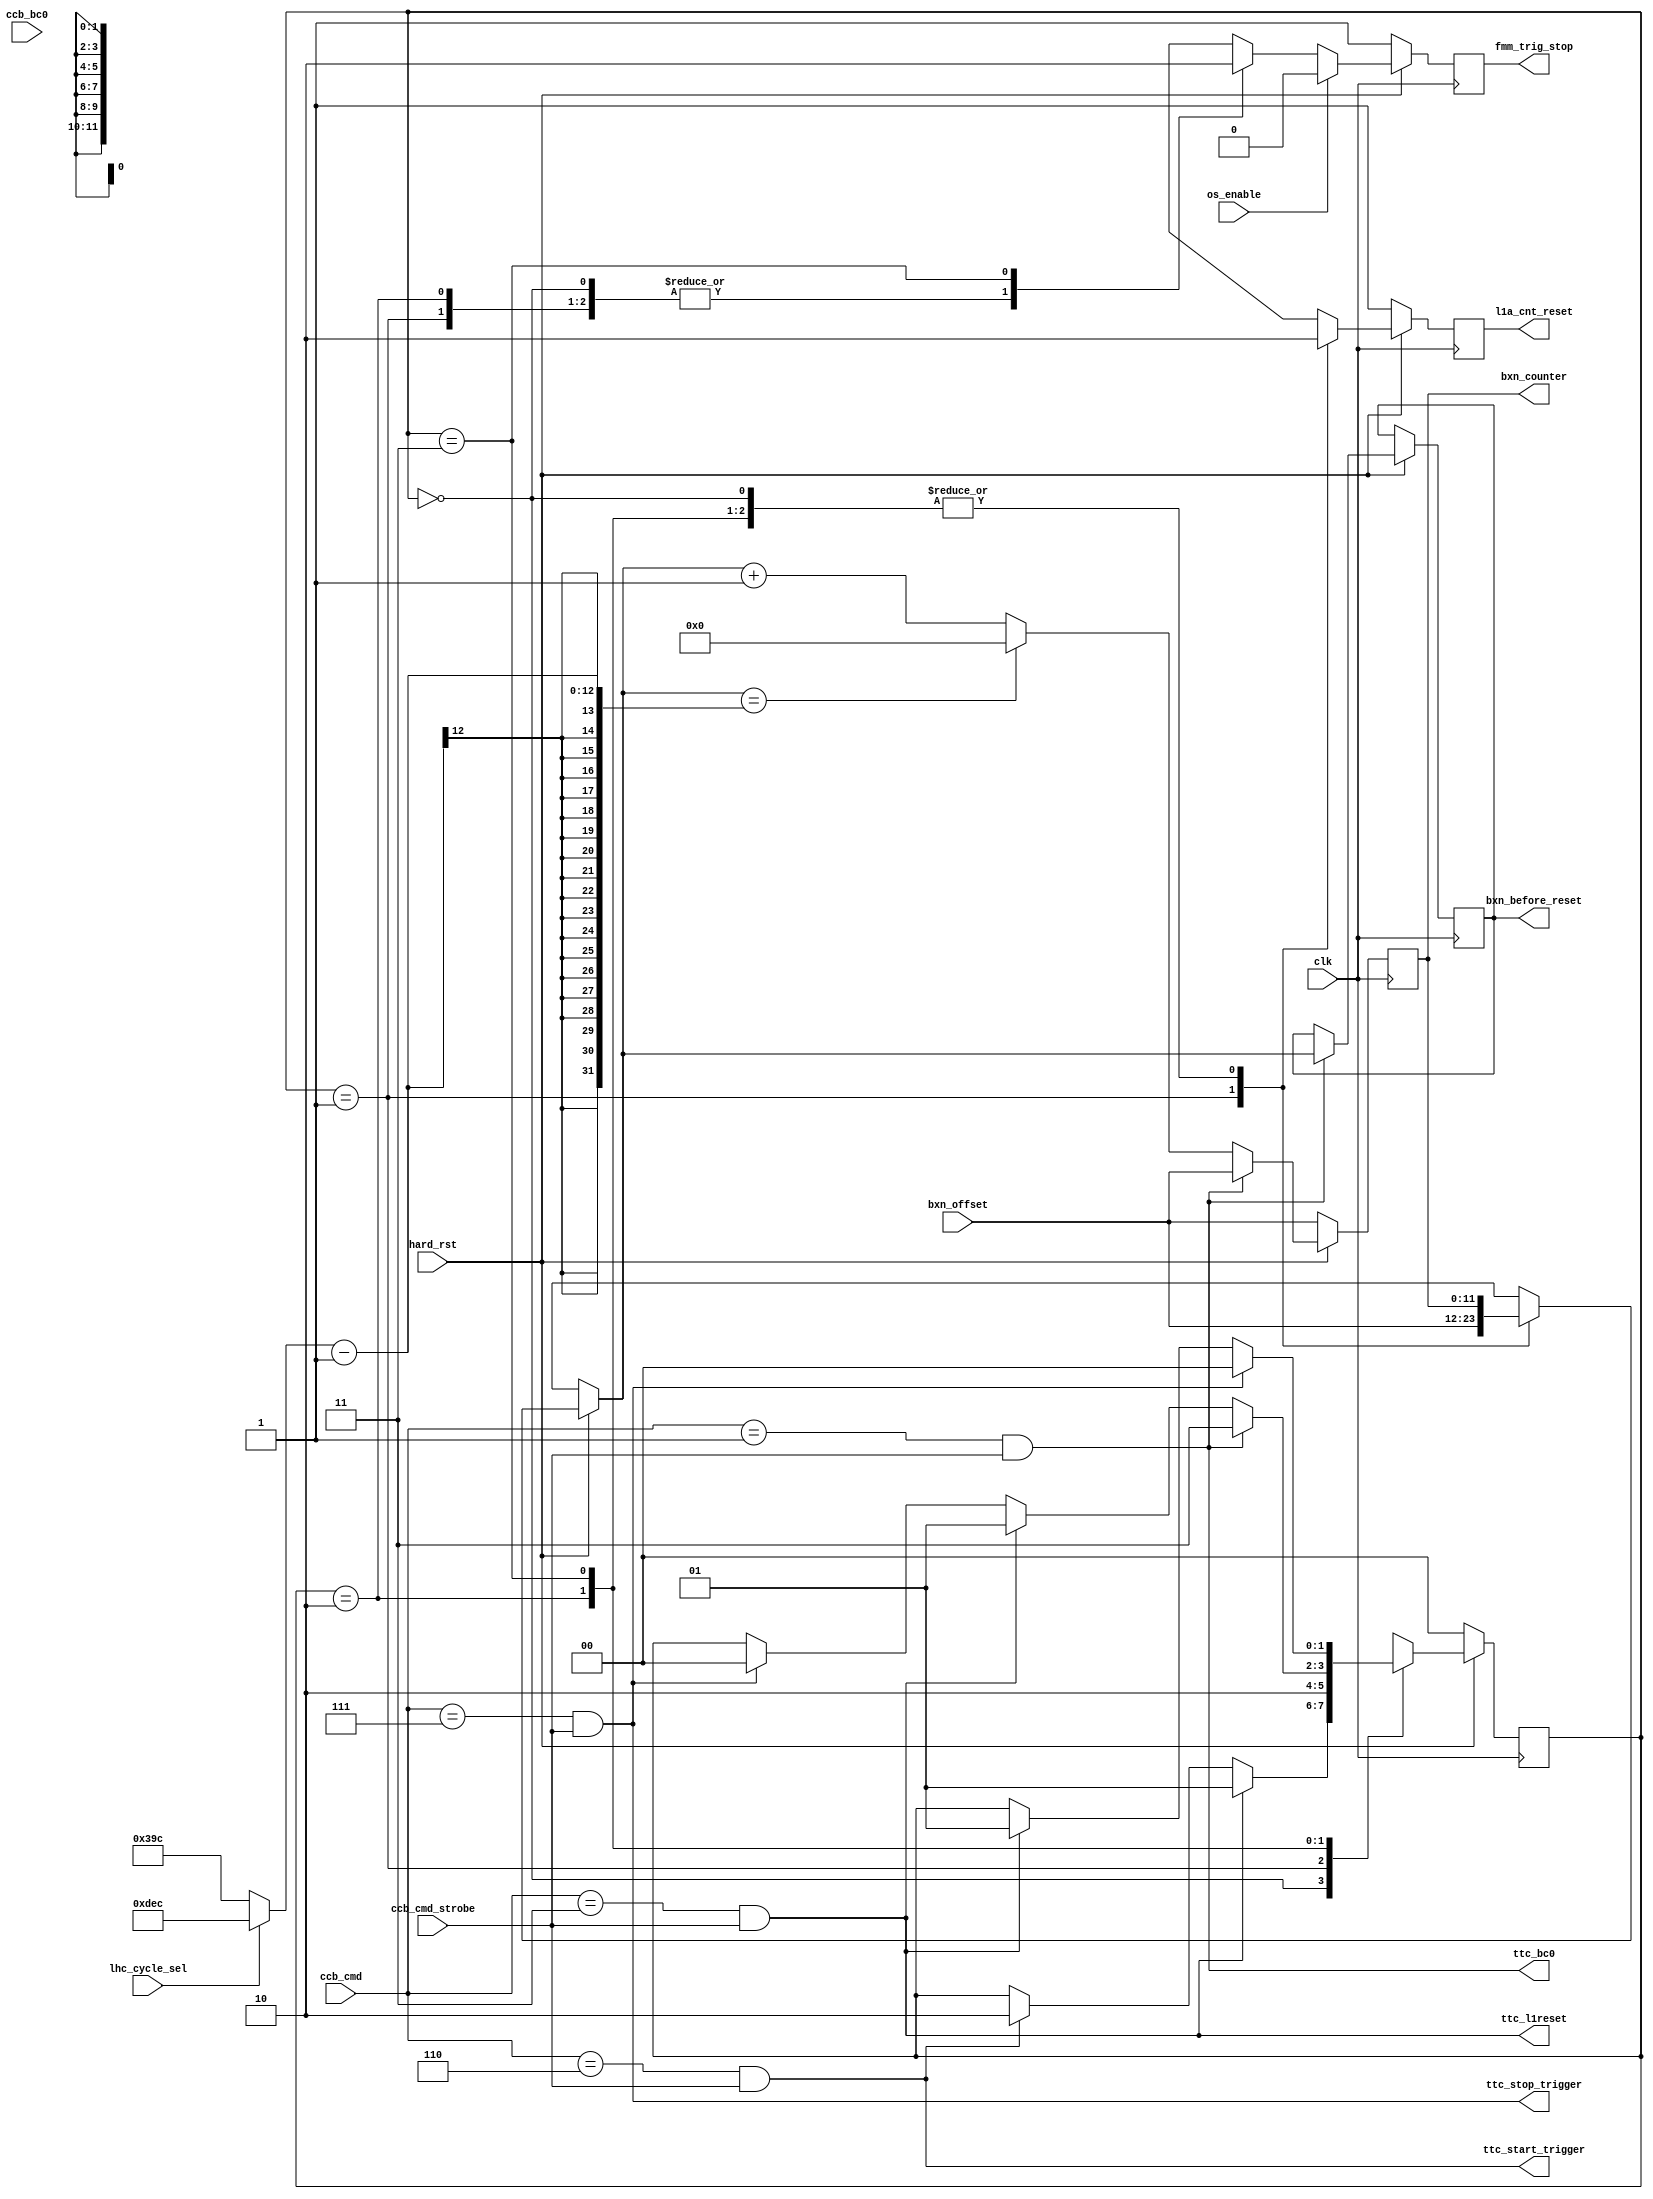
// This  Verilog HDL  source  file was  automatically generated
// by C++ model based on VPP library. Modification of this file
// is possible, but if you want to keep it in sync with the C++
// model,  please  modify  the model and re-generate this file.
// VPP library web-page: http://www.phys.ufl.edu/~madorsky/vpp/

// Timestamp : Mon Apr 25 18:06:17 2022

module synchro
(
    hard_rst,
    os_enable,
    ccb_cmd,
    ccb_cmd_strobe,
    ccb_bc0,
    bxn_offset,
    lhc_cycle_sel,
    bxn_counter,
    l1a_cnt_reset,
    fmm_trig_stop,
    ttc_l1reset,
    ttc_bc0,
    ttc_start_trigger,
    ttc_stop_trigger,
    bxn_before_reset,
    clk
);

    input hard_rst;
    input os_enable;
    input [5:0] ccb_cmd;
    input ccb_cmd_strobe;
    input ccb_bc0;
    input [11:0] bxn_offset;
    input lhc_cycle_sel;
    output [11:0] bxn_counter;
    reg    [11:0] bxn_counter;
    output l1a_cnt_reset;
    reg    l1a_cnt_reset;
    output fmm_trig_stop;
    reg    fmm_trig_stop;
    output ttc_l1reset;
    output ttc_bc0;
    output ttc_start_trigger;
    output ttc_stop_trigger;
    output [11:0] bxn_before_reset;
    reg    [11:0] bxn_before_reset;
    input clk;

    wire [11:0] lhc_cycle;
    reg [1:0] fmm_sm;
    assign lhc_cycle = (lhc_cycle_sel) ? 3564 : 924;
    assign ttc_l1reset = (ccb_cmd == 3) && ccb_cmd_strobe;
    assign ttc_bc0 = (ccb_cmd == 1) && ccb_cmd_strobe;
    assign ttc_start_trigger = (ccb_cmd == 6) && ccb_cmd_strobe;
    assign ttc_stop_trigger = (ccb_cmd == 7) && ccb_cmd_strobe;
    always @(posedge clk) 
    begin
        fmm_trig_stop = 0;
        l1a_cnt_reset = 0;
        if (!hard_rst) 
        begin
            fmm_sm = 0;
            fmm_trig_stop = 1;
            l1a_cnt_reset = 1;
            bxn_counter = bxn_offset;
        end
        else 
        begin
            case (fmm_sm)
                0 : 
                begin
                    fmm_trig_stop = 1;
                    if (ttc_l1reset) fmm_sm = 1;
                    else if (ttc_start_trigger) fmm_sm = 2;
                end
                1 : 
                begin
                    fmm_trig_stop = 1;
                    l1a_cnt_reset = 1;
                    bxn_counter = bxn_offset;
                    fmm_sm = 2;
                end
                2 : 
                begin
                    fmm_trig_stop = 1;
                    if (ttc_bc0) fmm_sm = 3;
                    else if (ttc_l1reset) fmm_sm = 1;
                    else if (ttc_stop_trigger) fmm_sm = 0;
                end
                3 : 
                begin
                    if (ttc_stop_trigger) fmm_sm = 0;
                    else if (ttc_l1reset) fmm_sm = 1;
                end
                default : fmm_sm = 0;
            endcase
            if (ttc_bc0) 
            begin
                bxn_before_reset = bxn_counter;
                bxn_counter = bxn_offset;
            end
            else if (bxn_counter == (lhc_cycle - 1)) bxn_counter = 0;
            else bxn_counter = bxn_counter + 1;
            if (os_enable) fmm_trig_stop = 0;
        end
    end
endmodule